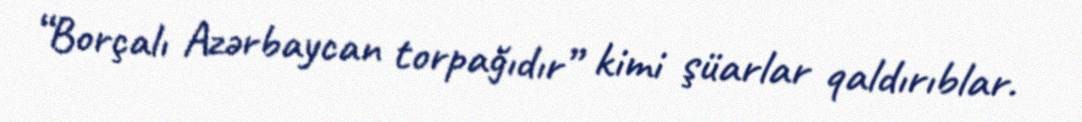
“Borçalı Azərbaycan torpağıdır” kimi şüarlar qaldırıblar.